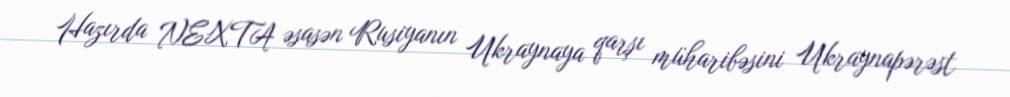
Hazırda NEXTA əsasən Rusiyanın Ukraynaya qarşı müharibəsini Ukraynapərəst